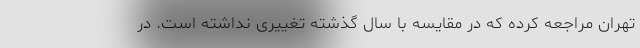
تهران مراجعه کرده که در مقایسه با سال گذشته تغییری نداشته است. در